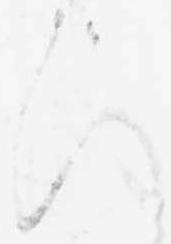
ひ